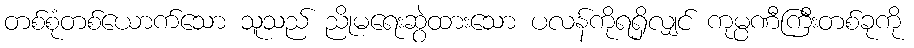
တစ်စုံတစ်ယောက်သော သူသည် ညိုမရေးဆွဲထားသော ပလန်ကိုရရှိလျှင် ကုမ္ပဏီကြီးတစ်ခုကို